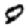
Digit: 0